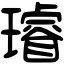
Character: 璿